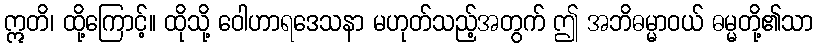
ဣတိ၊ ထို့ကြောင့်။ ထိုသို့ ဝေါဟာရဒေသနာ မဟုတ်သည့်အတွက် ဤ အဘိဓမ္မာဝယ် ဓမ္မတို့၏သာ